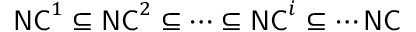
{ \mathsf { N C } } ^ { 1 } \subseteq { \mathsf { N C } } ^ { 2 } \subseteq \cdots \subseteq { \mathsf { N C } } ^ { i } \subseteq \cdots { \mathsf { N C } }